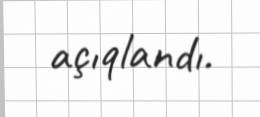
açıqlandı.